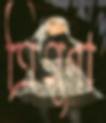
ত্রিগুণা